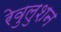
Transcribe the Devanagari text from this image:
रेवुलुशन